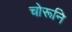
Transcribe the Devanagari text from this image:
चोरूनि